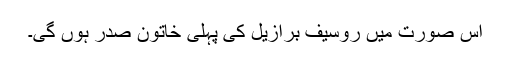
اس صورت میں روسیف برازیل کی پہلی خاتون صدر ہوں گی۔